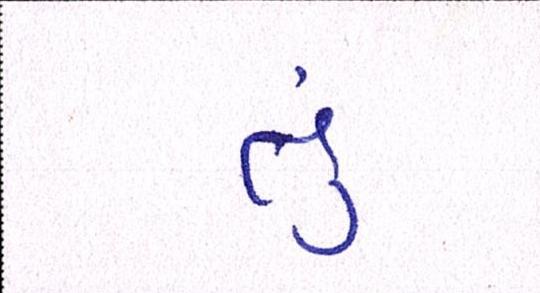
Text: તું